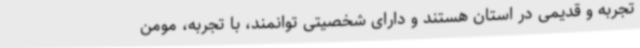
تجربه و قدیمی در استان هستند و دارای شخصیتی توانمند، با تجربه، مومن